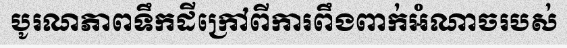
បូរណភាពទឹកដីក្រៅពីការពឹងពាក់អំណាចរបស់